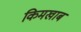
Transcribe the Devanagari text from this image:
किमखाब